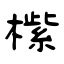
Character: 橴